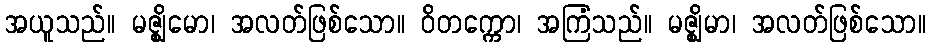
အယူသည်။ မဇ္ဈိမော၊ အလတ်ဖြစ်သော။ ဝိတက္ကော၊ အကြံသည်။ မဇ္ဈိမာ၊ အလတ်ဖြစ်သော။